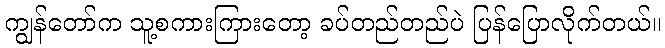
ကျွန်တော်က သူ့စကားကြားတော့ ခပ်တည်တည်ပဲ ပြန်ပြောလိုက်တယ်။